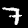
Digit: 7